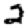
Digit: 2